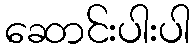
ဆောင်းပါးပါ